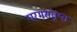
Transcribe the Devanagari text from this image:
परमसंतृप्त